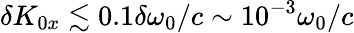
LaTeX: \delta K_{0x}\lesssim 0.1\delta\omega_{0}/c\sim 10^{-3}\omega_{0}/c